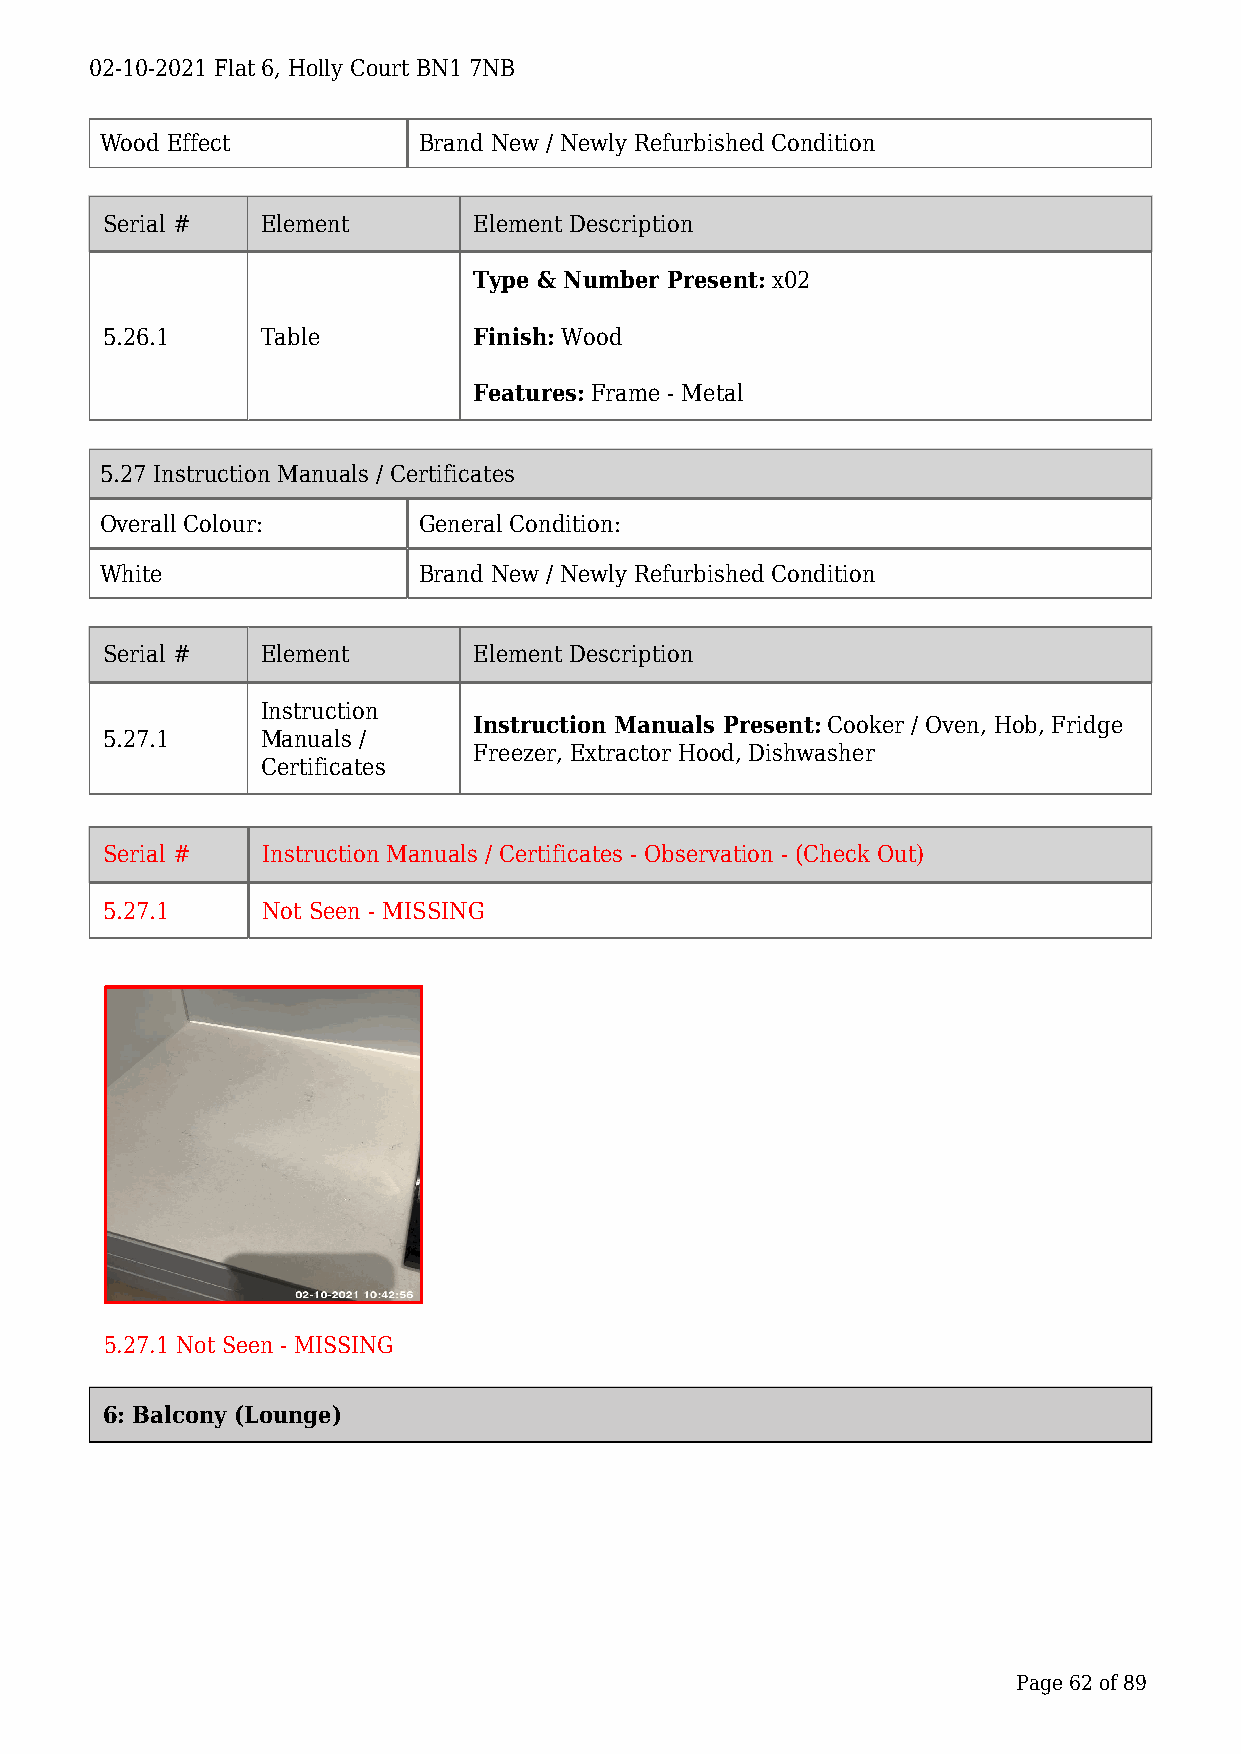
02-10-2021 Flat 6, Holly Court BN1 7NB
 Wood Effect          Brand New / Newly Refurbished Condition
 Serial #  Element       Element Description
 Type & Number Present: x02
 5.26.1    Table         Finish: Wood
 Features: Frame - Metal
 5.27 Instruction Manuals / Certificates
 Overall Colour:      General Condition:
 White                Brand New / Newly Refurbished Condition
 Serial #  Element       Element Description
 Instruction
 Instruction Manuals Present: Cooker / Oven, Hob, Fridge
 5.27.1    Manuals /
 Freezer, Extractor Hood, Dishwasher
 Certificates
 Serial #  Instruction Manuals / Certificates - Observation - (Check Out)
 5.27.1    Not Seen - MISSING
 5.27.1 Not Seen - MISSING
 6: Balcony (Lounge)
 Page 62 of 89